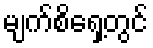
မျက်စိရှေ့တွင်